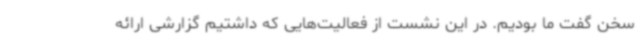
سخن گفت ما بودیم. در این نشست از فعالیت‌هایی که داشتیم گزارشی ارائه